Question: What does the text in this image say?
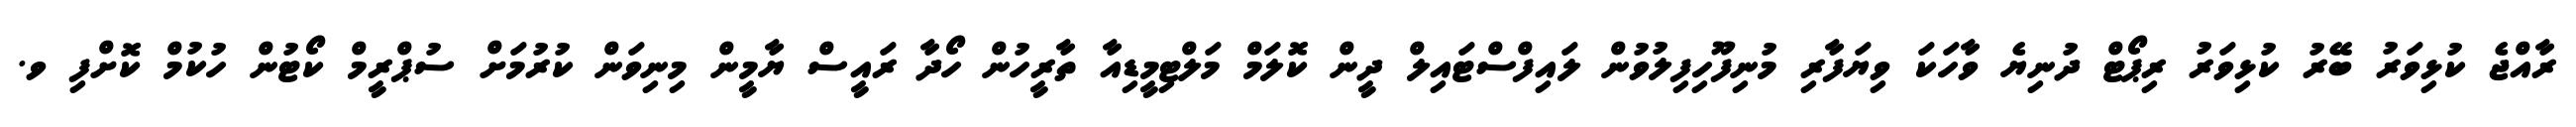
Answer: ރާއްޖެ ކުޅިވަރު ބޭރު ކުޅިވަރު ރިޕޯޓް ދުނިޔެ ވާހަކަ ވިޔަފާރި މުނިފޫހިފިލުވުން ލައިފްސްޓައިލް ދީން ކޮލަމް މަލްޓިމީޑިއާ ތާރީހުން ހޯދާ ރައީސް ޔާމީން މިނިވަން ކުރުމަށް ސުޕްރީމް ކޯޓުން ހުކުމް ކޮށްފި ވ.